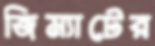
জিম্যাটের